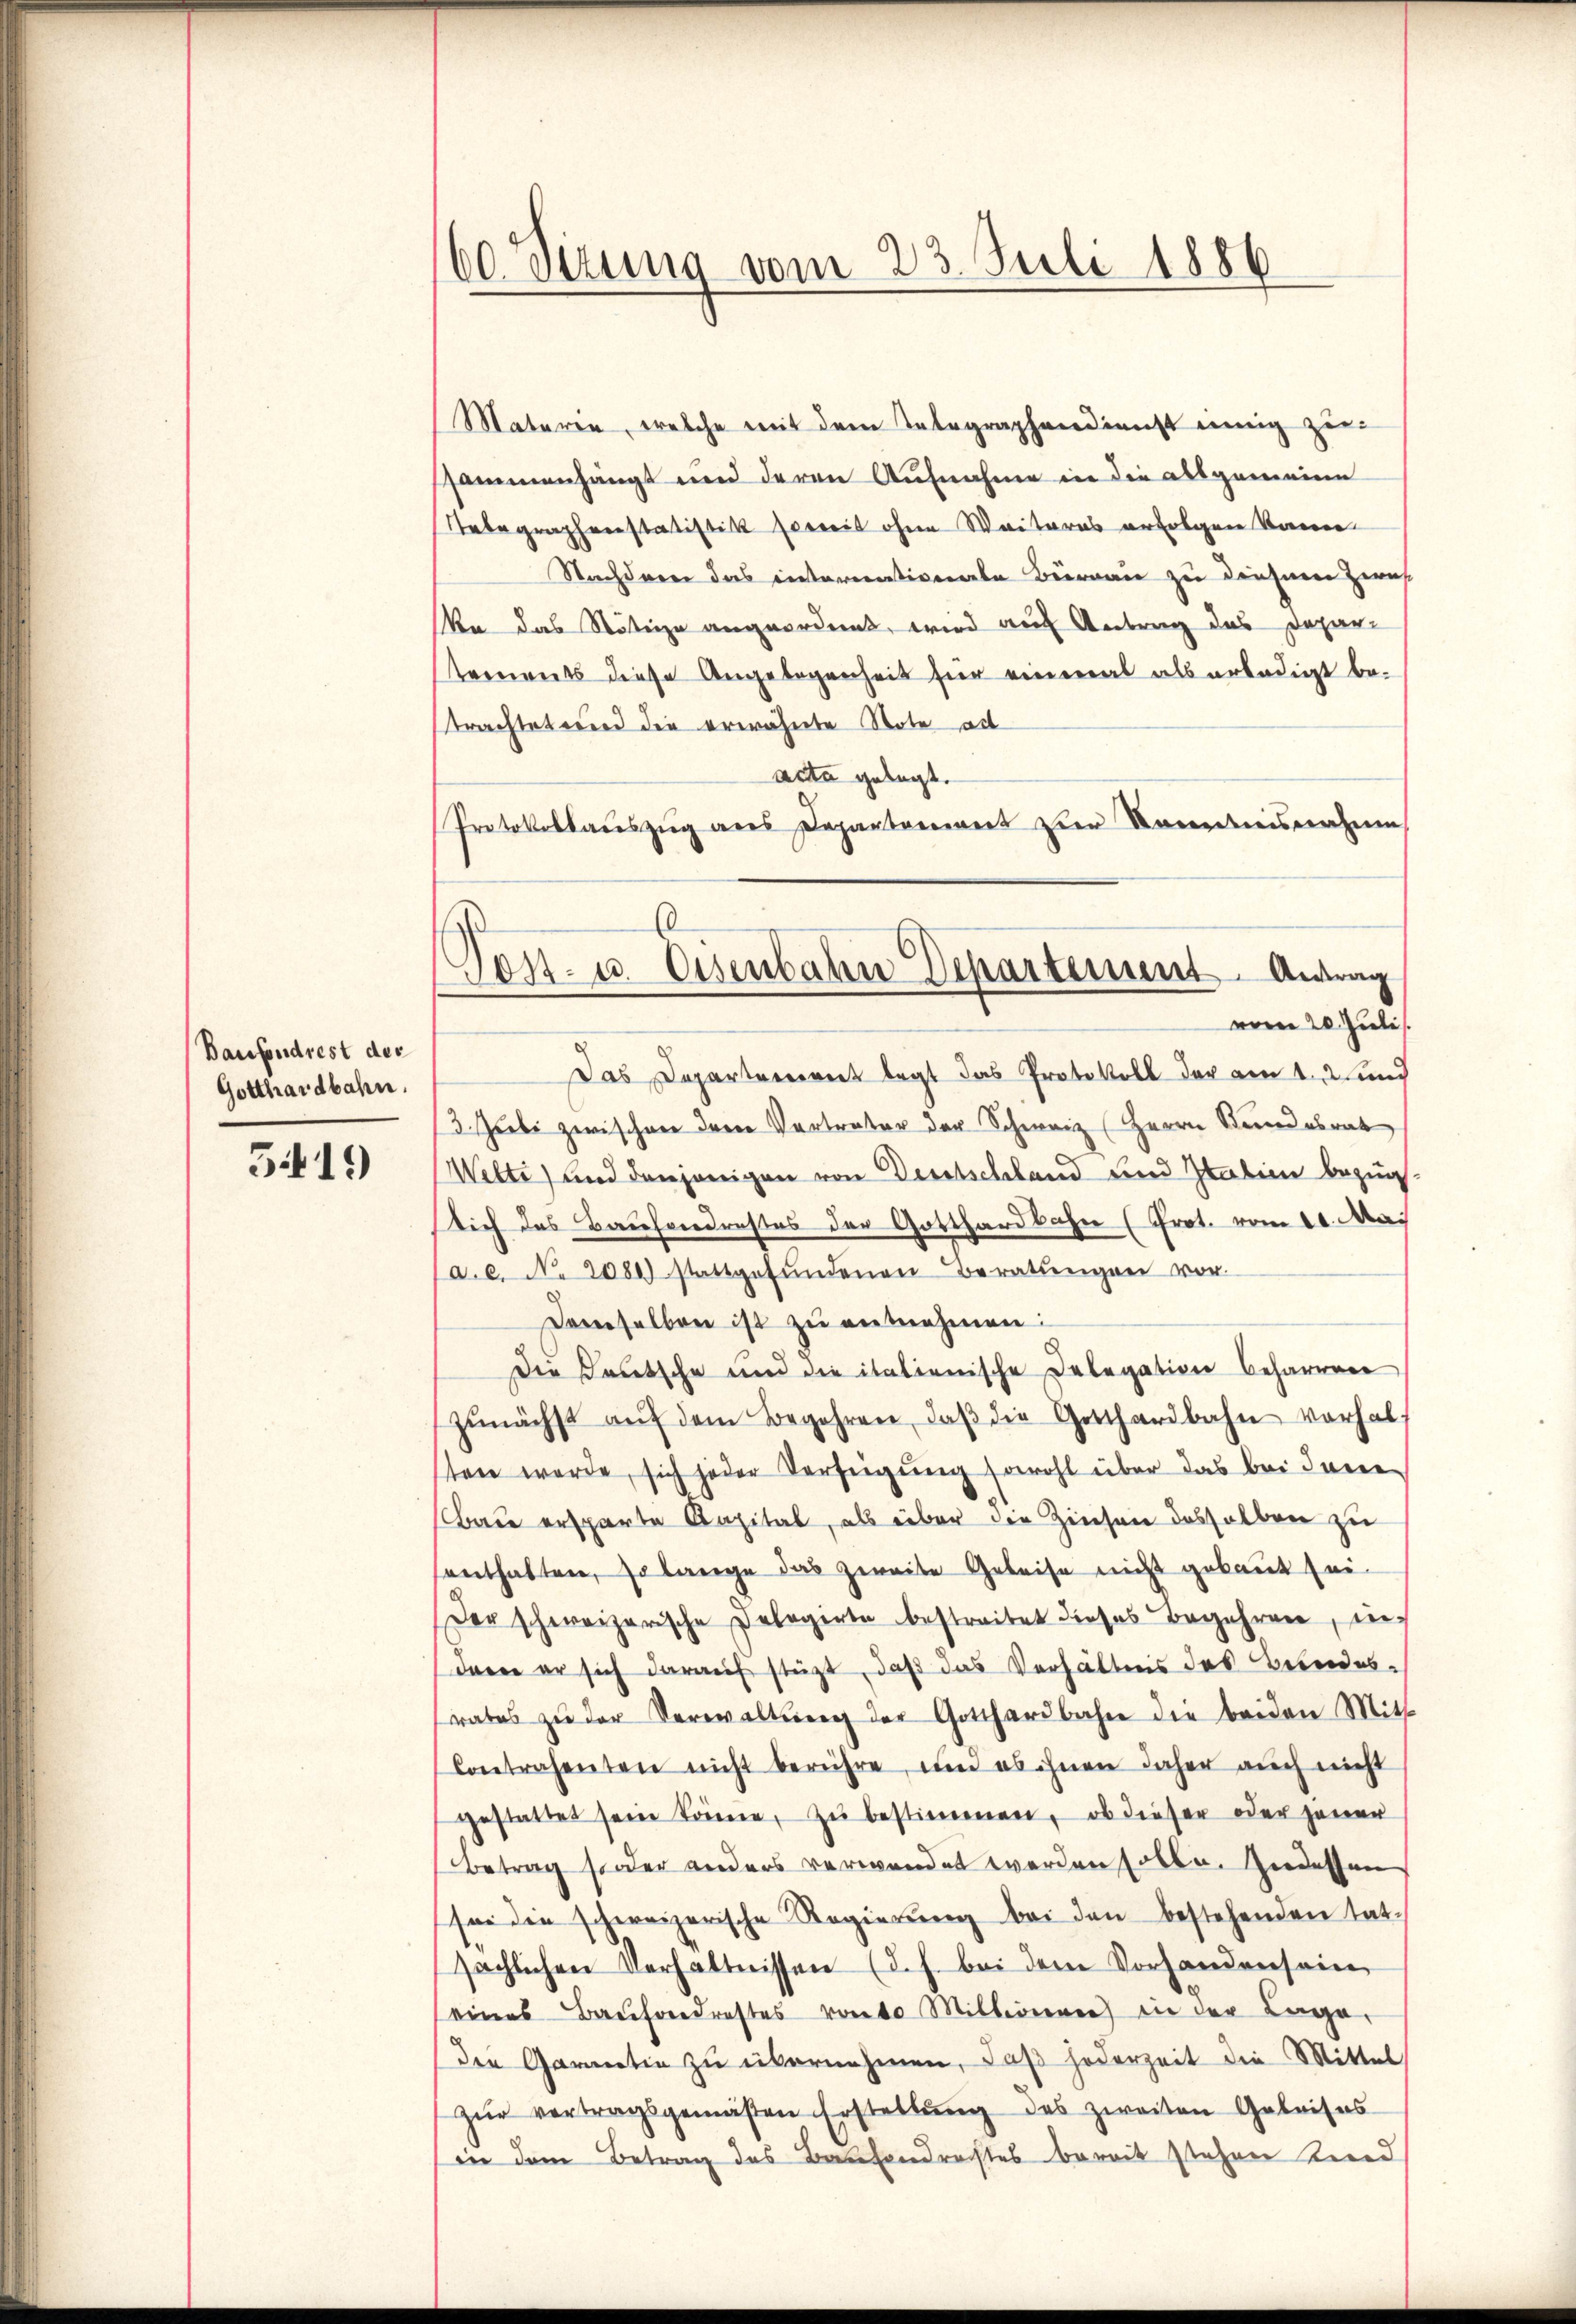
Baufondrest der
Gotthardbahn.

5419

60. Sizung vom 23. Juli 1886

Post- u. Osenbahn Departement. Antrag
vom 20. Juli

Mataren, welche mit dem Telegraphendienst innig zur
sammenhängt und deren Aufnahme in die ausgemeine
Telegraphenstatistik soweit ohne Weiteres erfolgen könne
Nachdren das internationale Büreau zu diesem Zwec
a das Nötige angeordnet, wird auf Antrag das Depar-
tements diese Angelegenheit für einmal als erledigt be-
trachtet und die erwähnte Note al
acta gelegt.
Protokollauszug aus Departement der Kanntnisverzim
Das Departement legt das Protokoll der am 1. und
13. Juli zwischen dem Vertreter der Schweiz (Herrn Stundesrat
Welte) und denjenigen von Deutschland und Italien bezüg
lich des Bauhondrestes der Gotthardbahn (Prot. vom 10. Mai
a.c. No. 2080 stattgefŭndenen Beratŭngen vor-
Demselben ist zu entnehmen:
Die Teutsche und die italienische Delegation beharren
zŭnächst aŭf dem Begehren, daβ die Gotthardbahn vorhalt
ten werde, sich jeder Verfeigung sowohl über das bei Inne
bau ersparte Kapital, als über die Zinsen desselben zu
enthalten, so lange das zweite Gebeise nicht gebaut sei.
Der schweizerische Delegerte bestreitet dieses Begehren, indern er sich darauf stützt, daß das Verhältnis des Bundesrates zŭ der Verwaltŭng der Gotthardbahn die beiden Mitt
Contrahenten nicht berühre, und es ihnen daher aŭch nicht
gestattet sein könne, zu bestimmen, ob dieser oder jener
Betrag sonder anders verwendet werden solle. Indessen
sei die schweizerische Regierŭng bei den bestehenden tat-
sächlichen Verhältnissen (d. h. bei dem Vorhandensein
eines Baŭfondrastes voto Millionen) in der Lage.
Der Garantin zu übernehmen, daß jederzeit die Mittel
zŭr vertragsgemäßen Erstellŭng des zweiten Geleises
in dem Betrag des Bautendrechtes bereit stehen Kind